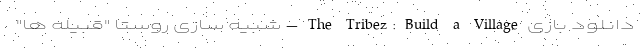
دانلود بازی The Tribez: Build a Village - شبیه سازی روستا "قبیله ها"